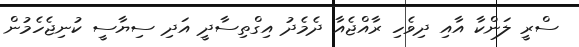
ސްރީ ލަންކާ އާއި ދިވެހި ރާއްޖެއާ ދެމެދު އިގްތިސާދީ އަދި ސިޔާސީ ކުނިޖެހެމުން